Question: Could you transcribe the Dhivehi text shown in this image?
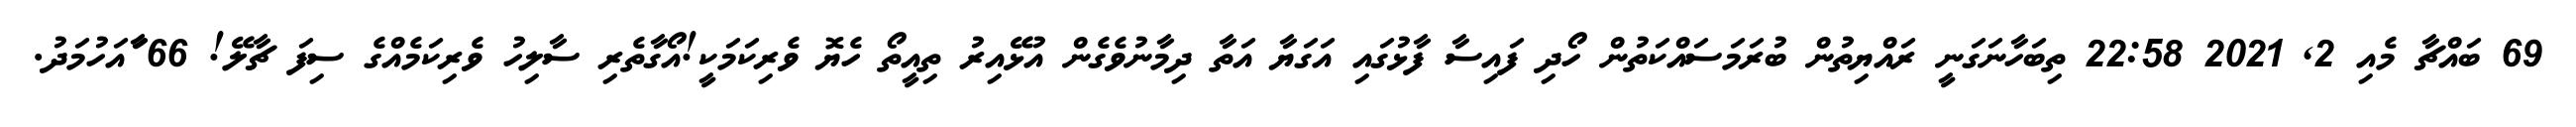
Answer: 69 ބައްޗާ މެއި 2, 2021 22:58 ތިބަހާނަގަނީ ރައްޔިތުން ބުރަމަސައްކަތުން ހޯދި ފައިސާ ފާޅުގައި އަގަޔާ އަތާ ދިމާނުވެގެން އުޅޭއިރު ތިއީތޯ ހެޔޮ ވެރިކަމަކީ!އޯގާތެރި ސާލިހު ވެރިކަމެއްގެ ސިފަ ޗާލޭ! 66 ާައަހުމަދު.